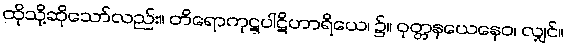
ထိုသို့ဆိုသော်လည်း။ တိရောကုဋ္ဋပါဋိဟာရိယေ၊ ၌။ ဝုတ္တနယေနေဝ၊ လျှင်။